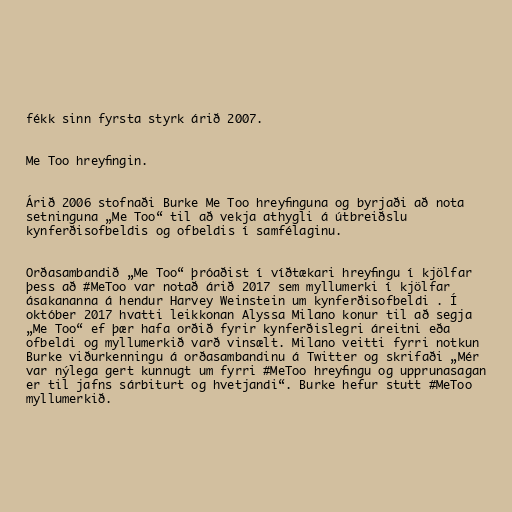
fékk sinn fyrsta styrk árið 2007.

Me Too hreyfingin.

Árið 2006 stofnaði Burke Me Too hreyfinguna og byrjaði að nota
setninguna „Me Too“ til að vekja athygli á útbreiðslu
kynferðisofbeldis og ofbeldis í samfélaginu.

Orðasambandið „Me Too“ þróaðist í víðtækari hreyfingu í kjölfar
þess að #MeToo var notað árið 2017 sem myllumerki í kjölfar
ásakananna á hendur Harvey Weinstein um kynferðisofbeldi . Í
október 2017 hvatti leikkonan Alyssa Milano konur til að segja
„Me Too“ ef þær hafa orðið fyrir kynferðislegri áreitni eða
ofbeldi og myllumerkið varð vinsælt. Milano veitti fyrri notkun
Burke viðurkenningu á orðasambandinu á Twitter og skrifaði „Mér
var nýlega gert kunnugt um fyrri #MeToo hreyfingu og upprunasagan
er til jafns sárbiturt og hvetjandi“. Burke hefur stutt #MeToo
myllumerkið.